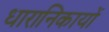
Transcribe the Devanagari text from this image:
धारानिकायों